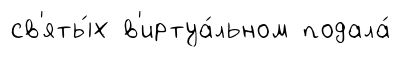
св'яты́х в'иртуа́льном подала́